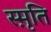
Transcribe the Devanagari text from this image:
स्मृ़ति